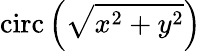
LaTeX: \operatorname{circ}\left({\sqrt{x^{2}+y^{2}}}\right)